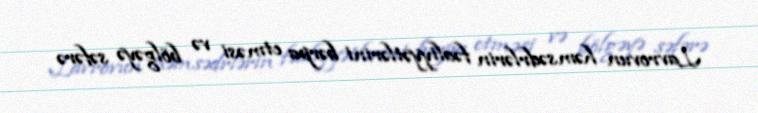
Lavrovun həmsədrlərin fəaliyyətlərini bərpa etməsi və bölgəyə səfərə